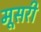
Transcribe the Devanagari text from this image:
मूसरी